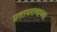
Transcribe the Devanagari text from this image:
प्रतापरावाच्या